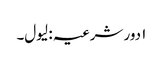
۱ دور شرعیہ : لیول۔